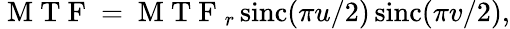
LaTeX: \mathrm{~M~T~F~}=\mathrm{~M~T~F~}_{r}\operatorname{sinc}(\pi u/2)\operatorname{sinc}(\pi v/2),